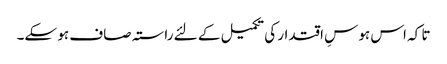
تا کہ اس ہوسِ اقتدار کی تکمیل کے لئے راستہ صاف ہو سکے۔